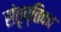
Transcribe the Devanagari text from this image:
संतृप्तिका